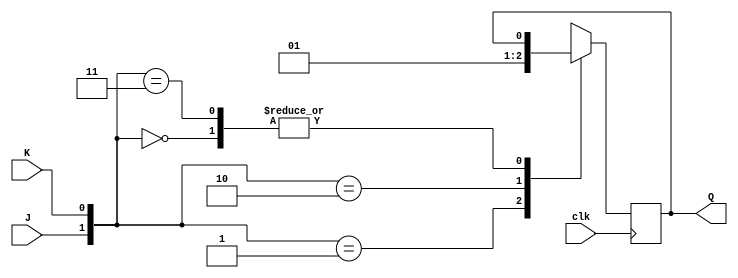
module JK(
    J, K, clk, Q
);
input J, K, clk;
output Q;
reg Q;

always @(posedge clk) begin
    case ({ J, K })
        2'b00: Q = Q;
        2'b01: Q = 0;
        2'b10: Q = 1;
        2'b11: Q = -Q;
    endcase
end

endmodule


module JK_tb;
reg J, K, clk;
wire Q;

JK i1(J, K, clk, Q);

always #5 clk = -clk;

initial begin
    J=1'b0; K=1'b0; clk = 1'b0;

    $monitor("Time: %0t J: %b K: %b clk: %b Q: %b", $time, J, K, clk, Q);
    #5 J = 1'b0; K = 1'b1;
    #5 J = 1'b1; K = 1'b0;
    #5 J = 1'b1; K = 1'b1;
    #5 J = 1'b0; K = 1'b0;
    #5 $finish;
end
endmodule